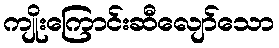
ကျိုးကြောင်းဆီလျော်သော